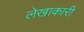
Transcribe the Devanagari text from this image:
लेखाकारी